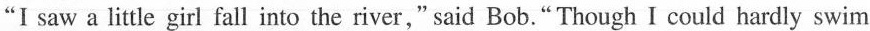
"I saw a little girl fall into the river," said Bob." Though I could hardly swim